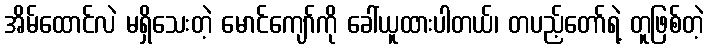
အိမ်ထောင်လဲ မရှိသေးတဲ့ မောင်ကျော်ကို ခေါ်ယူထားပါတယ်၊ တပည့်တော်ရဲ့ တူဖြစ်တဲ့